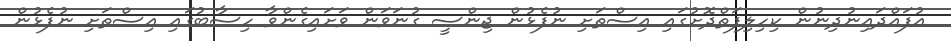
އުފައްދައިނުދިނުން ކިހިލިފަތްދޮށުގައި އިސްތަށި ނުފެޅުން ޖިންސީ ގުނަވަން ވަށައިގެންވާ ހިސާބުގައި އިސްތަށި ނުފެޅުން